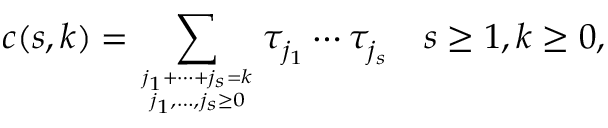
c ( s , k ) = \sum _ { j _ { 1 } + \cdots + j _ { s } = k \atop j _ { 1 } , \ldots , j _ { s } \geq 0 } \tau _ { j _ { 1 } } ^ { } \cdots \tau _ { j _ { s } } ^ { } \quad s \geq 1 , k \geq 0 ,